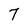
Character: 7